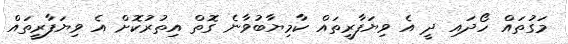
މަގުތައް ހޯދައި ދީ އެ ވިޔަފާރީތައް ކާމިޔާބުވާނެ ގޮތް އިތުރުކޮށް އެ ވިޔަފާރީތައް